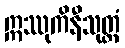
ဣဿုကိနီသုတ္တံ